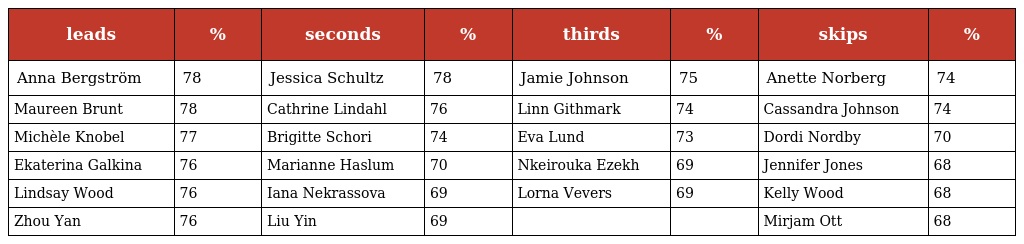
| leads | % | seconds | % | thirds | % | skips | % |
 | --- | --- | --- | --- | --- | --- | --- | --- |
 | Anna Bergström | 78 | Jessica Schultz | 78 | Jamie Johnson | 75 | Anette Norberg | 74 |
 | Maureen Brunt | 78 | Cathrine Lindahl | 76 | Linn Githmark | 74 | Cassandra Johnson | 74 |
 | Michèle Knobel | 77 | Brigitte Schori | 74 | Eva Lund | 73 | Dordi Nordby | 70 |
 | Ekaterina Galkina | 76 | Marianne Haslum | 70 | Nkeirouka Ezekh | 69 | Jennifer Jones | 68 |
 | Lindsay Wood | 76 | Iana Nekrassova | 69 | Lorna Vevers | 69 | Kelly Wood | 68 |
 | Zhou Yan | 76 | Liu Yin | 69 |  |  | Mirjam Ott | 68 |